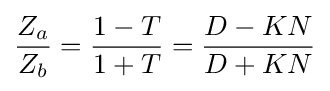
{\frac {Z_{a}}{Z_{b}}}={\frac {1-T}{1+T}}={\frac {D-KN}{D+KN}}